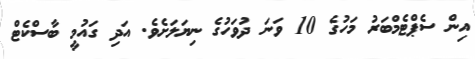
އިން ސެޕްޓެމްބަރު މަހުގެ 10 ވަނަ ދުވަހުގެ ނިޔަލަށެވެ. އަދި ގައުމީ ބާސްކެޓް